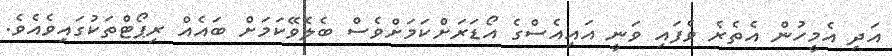
އަދި އެމީހުން އެތެރެ ވެފައި ވަނީ އައިއެސްގެ އޯޑަރަށްކަަމަށްވެސް ބެލެވޭކަމަށް ބައެއް ރިޕޯޓްތަކުގައިވެއެވެ.